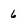
Character: 6